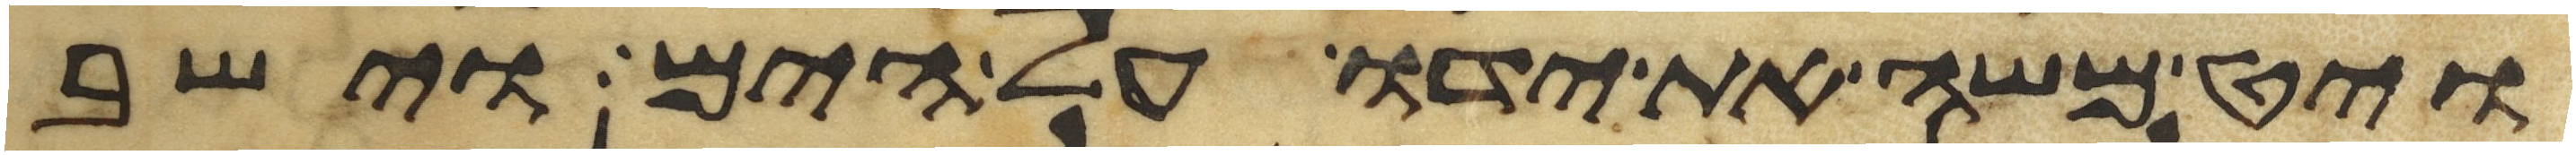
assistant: ויט משה את ידו על הים וישב